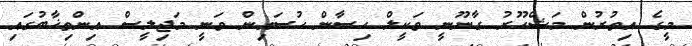
މީގެ އިތުރުން މަޝްހޫރު ގާނޫނީ ވަކީލް ހިސާން ހުސައިން ވަނީ މަޖިލީސް އިންތިޚާބުގައި